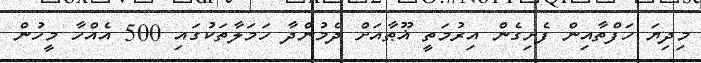
މިދިޔަ ހަފްތާއިން ފެށިގެން އިރުމަތީ ޣޫޠާއަށް ދެމުންދާ ހަމަލާތަކުގައި 500 އެއްހާ މީހުން